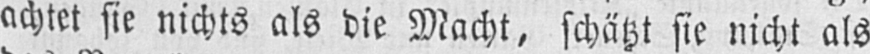
achtet sie nichts als die Macht, schätzt sie nicht als